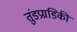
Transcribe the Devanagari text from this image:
तुंडप्रग्रडिकी